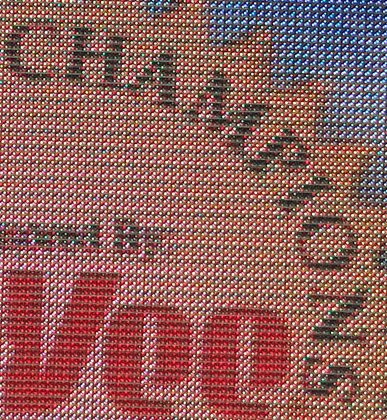
CHAMPIONS